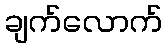
ချက်လောက်